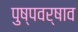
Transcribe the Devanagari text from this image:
पुष्पवर्षाव